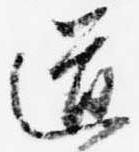
道